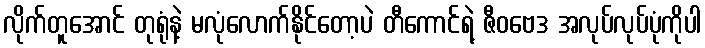
လိုက်တူအောင် တုရုံနဲ့ မလုံလောက်နိုင်တော့ပဲ တီကောင်ရဲ့ ဇီဝဗေဒ အလုပ်လုပ်ပုံကိုပါ